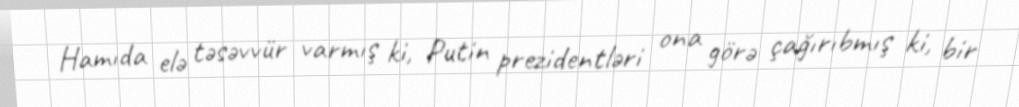
Hamıda elə təsəvvür varmış ki, Putin prezidentləri ona görə çağırıbmış ki, bir